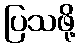
ပြသဖို့